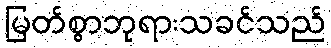
မြတ်စွာဘုရားသခင်သည်